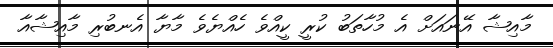
މާއިޝާ އޭނައަށް އެ މުހާތަބު ކުރީ ކީއްވެ ހެއްޔެވެ މާޔާ އެނބުރި މާއިޝާއާ